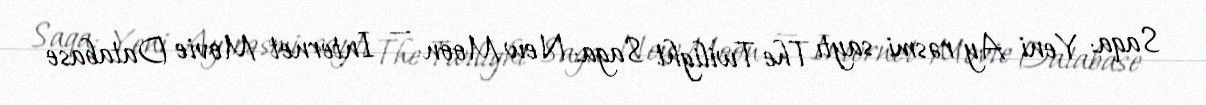
Saqa: Yeni Ay rəsmi saytı The Twilight Saga: New Moon — Internet Movie Database